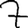
Digit: 7